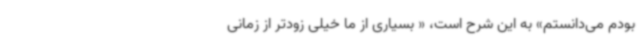
بودم می‌دانستم» به این شرح است، « بسیاری از ما خیلی زودتر از زمانی